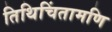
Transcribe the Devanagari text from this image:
तिथिचिंतामणि